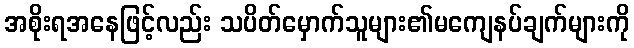
အစိုးရအနေဖြင့်လည်း သပိတ်မှောက်သူများ၏မကျေနပ်ချက်များကို